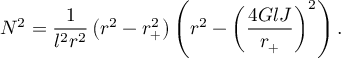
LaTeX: N ^ { 2 } = \frac { 1 } { l ^ { 2 } r ^ { 2 } } \left( r ^ { 2 } - r _ { + } ^ { 2 } \right) \left( r ^ { 2 } - \left( \frac { 4 G l J } { r _ { + } } \right) ^ { 2 } \right) .